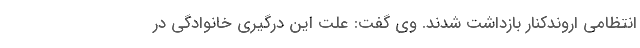
انتظامی اروندکنار بازداشت شدند. وی گفت: علت این درگیری خانوادگی در